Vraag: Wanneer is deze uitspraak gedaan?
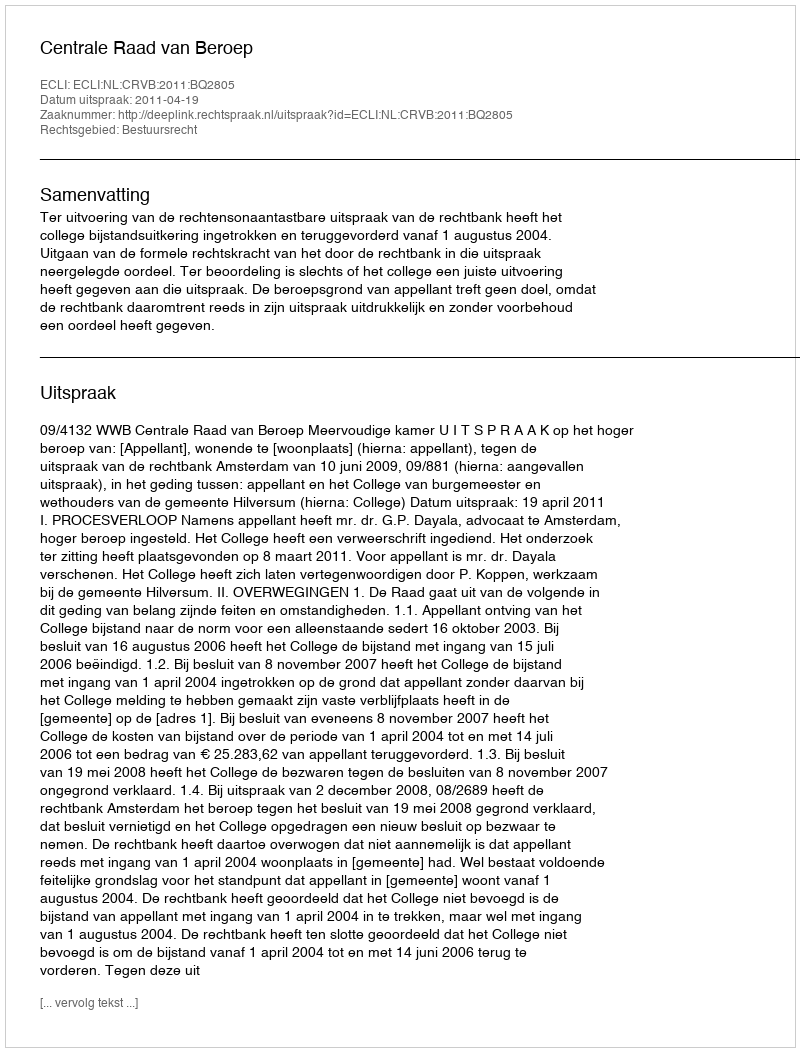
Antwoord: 2011-04-19